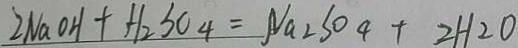
2 N a O H + H _ { 2 } S O _ { 4 } = N a _ { 2 } S O _ { 4 } + 2 H 2 O